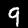
Digit: 9